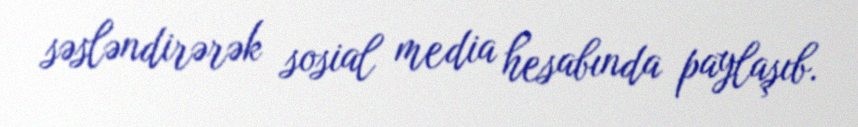
səsləndirərək sosial media hesabında paylaşıb.